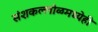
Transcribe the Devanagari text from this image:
संशकल्लोळमध्येही